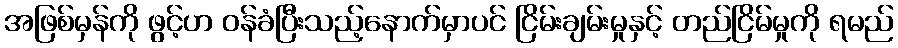
အဖြစ်မှန်ကို ဖွင့်ဟ ဝန်ခံပြီးသည့်နောက်မှာပင် ငြိမ်းချမ်းမှုနှင့် တည်ငြိမ်မှုကို ရမည်